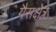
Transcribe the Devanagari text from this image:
गैसक्षेत्र